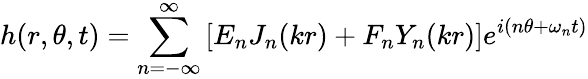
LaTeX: h(r,\theta,t)=\sum_{n=-\infty}^{\infty}\left[E_{n}J_{n}(kr)+F_{n}Y_{n}(kr)\right]e^{i(n\theta+\omega_{n}t)}